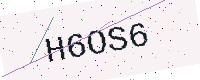
Text: H6OS6